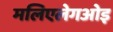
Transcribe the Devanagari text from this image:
मलिएलेगओइ